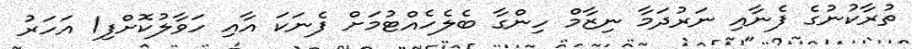
ތުރާކުނުގެ ފެނާއި ނަރުދަމާ ނިޒާމް ހިންގާ ބެލެހެއްޓުމަށް ފެނަކަ އާއި ހަވާލުކޮށްފި1 އަހަރު